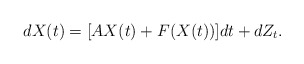
\begin{align*}dX(t)=[AX(t)+F(X(t))]dt+dZ_t.\end{align*}